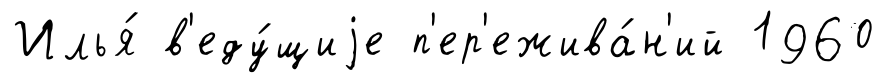
Илья́ в'еду́щиjе п'ер'ежива́н'ий 1960